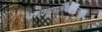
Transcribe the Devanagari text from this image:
नारायणीयोपाख्यान